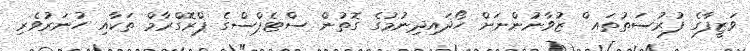
ވަޒީފާގެ ފުރުސަތުތައ ް ޒުވާނުންނަށް ހޯދައިދިނުމުގެ ގޮތުން ސްޓެޕްސްގެ ޕްރޮގްރާމް ތަކާއި ހުނަރުވެރި